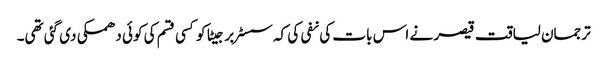
ترجمان لیاقت قیصر نے اس بات کی نفی کی کہ سسٹر برجیٹا کو کسی قسم کی کوئی دھمکی دی گئی تھی۔